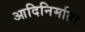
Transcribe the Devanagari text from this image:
आदिनिर्माता